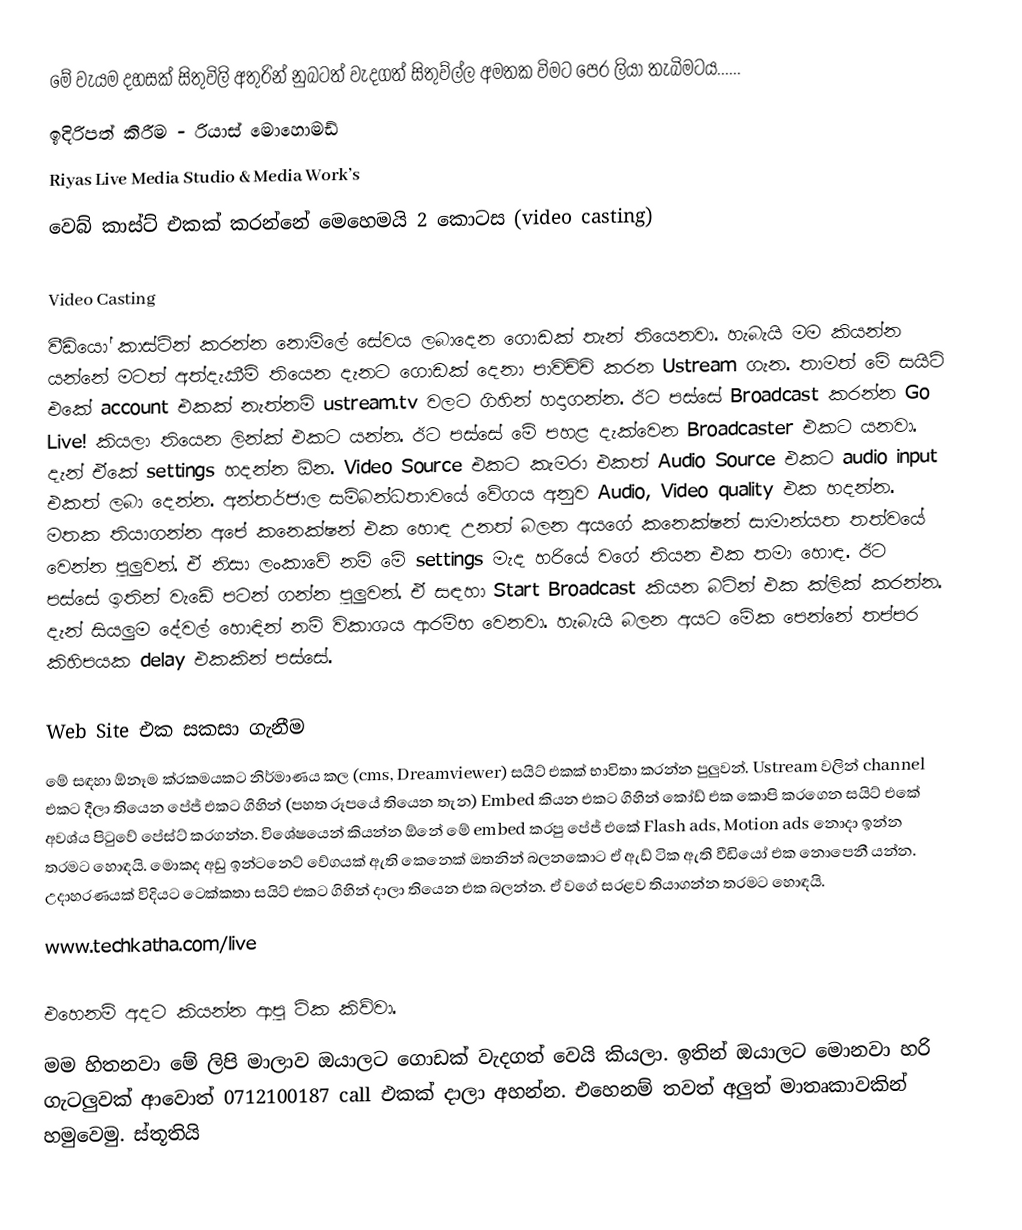
මේ වැයම දහසක් සිතුවිලි අතුරින් නුබටත් වැදගත් සිතුව්ල්ල අමතක විමට පෙර ලියා තැබිමටය......
ඉදිරිපත් කිරීම - රියාස් මොහොමඩ්
Riyas Live Media Studio & Media Work’s
වෙබ් කාස්ට් එකක් කරන්නේ මෙහෙමයි      2 කොටස (video casting)

Video Casting
වීඩියෝ කාස්ටින් කරන්න නොමිලේ සේවය ලබාදෙන ගොඩක් තැන් තියෙනවා. හැබැයි මම කියන්න යන්නේ මටත් අත්දැකීම් තියෙන දැනට ගොඩක් දෙනා පාවිච්චි කරන Ustream ගැන. තාමත් මේ සයිට් එකේ account එකක් නැත්නම් ustream.tv වලට ගිහින් හදාගන්න. ඊට පස්සේ Broadcast කරන්න Go Live! කියලා තියෙන ලින්ක් එකට යන්න. ඊට පස්සේ මේ පහළ දැක්වෙන Broadcaster එකට යනවා. දැන් ඒකේ settings හදන්න ඕන.  Video Source එකට කැමරා එකත් Audio Source එකට audio input එකත් ලබා දෙන්න. අන්තර්ජාල සම්බන්ධතාවයේ වේගය අනුව Audio, Video quality එක හදන්න. මතක තියාගන්න අපේ කනෙක්ෂන් එක හොඳ උනත් බලන අයගේ කනෙක්ෂන් සාමාන්යත තත්වයේ වෙන්න පුලුවන්. ඒ නිසා ලංකාවේ නම් මේ settings මැද හරියේ වගේ ති‍යන එක තමා හොඳ. ඊට පස්සේ ඉතින් වැඩේ පටන් ගන්න පුලුවන්. ඒ සඳහා Start Broadcast කියන බට්න් එක ක්ලික් කරන්න. දැන් සියලුම දේවල් හොඳින් නම් විකාශය ආරම්භ වෙනවා. හැබැයි බලන අයට මේක පෙන්නේ තප්පර කිහිපයක delay එකකින් පස්සේ.

Web Site එක සකසා ගැනීම
මේ සඳහා ඕනෑම ක්රකමයකට නිර්මාණය කල (cms, Dreamviewer) සයිට් එකක් භාවිතා කරන්න පුලුවන්. Ustream වලින් channel එකට දීලා තියෙන පේජ් එකට ගිහින් (පහත රූපයේ තියෙන තැන) Embed කියන එකට ගිහින් කෝඩ් එක කොපි කරගෙන සයිට් එකේ අවශ්ය  පිටුවේ පේස්ට් කරගන්න. විශේෂයෙන් කියන්න ඕනේ මේ embed කරපු පේජ් එකේ Flash ads, Motion ads නොදා ඉන්න තරමට හොඳයි. මොකද අඩු ඉන්ටනෙට් වේගයක් ඇති කෙනෙක් ඔතනින් බලනකොට ඒ ඇඩ් ටික ඇති වීඩියෝ එක නොපෙනී යන්න. උදාහරණයක් විදියට ටෙක්කතා සයිට් එකට ගිහින් දාලා තියෙන එක බලන්න. ඒ වගේ සරළව තියාගන්න තරමට හොඳයි.
www.techkatha.com/live

එහෙනම් අදට කියන්න ආපු ටික කිව්වා.
මම හිතනවා මේ ලිපි මාලාව ඔයාලට ගොඩක් වැදගත් වෙයි කියලා. ඉතින් ඔයාලට මොනවා හරි ගැටලුවක් ආවොත්  0712100187 call  එකක් දාලා අහන්න. එහෙනම්  තවත් අලුත් මාතෘකාවකින් හමුවෙමු. ස්තූතියි